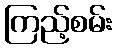
ကြည့်စမ်း